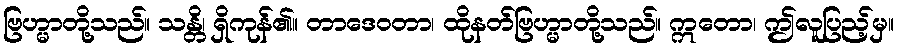
ဗြဟ္မာတို့သည်။ သန္တိ၊ ရှိကုန်၏။ တာဒေဝတာ၊ ထိုနတ်ဗြဟ္မာတို့သည်။ ဣတော၊ ဤလူပြည့်မှ။